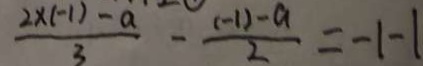
\frac { 2 \times ( - 1 ) - a } { 3 } - \frac { ( - 1 ) - a } { 2 } = - 1 - 1